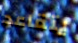
يتقاعد